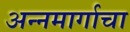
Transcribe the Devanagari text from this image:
अन्नमार्गाचा